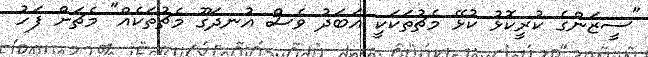
"ސީޒަންގެ ކުރީކޮޅު ކުޅޭ މެޗުތަކަކީ އަބަދު ވެސް އުނދަގޫ މެޗުތަކެއް" މެޗަށް ފަހު